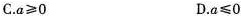
C.a≥0 D.a≤0